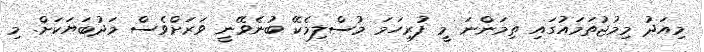
މިއަދު މިމުޖުތަމައުގައި ތިމަންނަ މީ ފުރިހަމަ މުސްލިމެކޭ ބުނެވޭނީ ވަރަށްވެސް މަދުބަޔަކަށް. މި